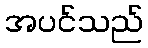
အပင်သည်